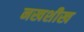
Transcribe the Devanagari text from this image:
नखशीख